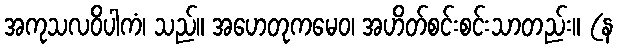
အကုသလဝိပါကံ၊ သည်။ အဟေတုကမေဝ၊ အဟိတ်စင်းစင်းသာတည်း။ (န